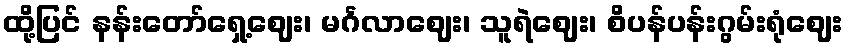
ထို့ပြင် နန်းတော်ရှေ့ဈေး၊ မင်္ဂလာဈေး၊ သူရဲဈေး၊ စိပန်ပန်းဂွမ်းရုံဈေး